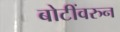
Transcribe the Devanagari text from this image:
बोटींवरुन